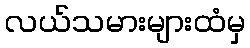
လယ်သမားများထံမှ